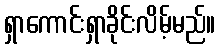
ရှာကောင်းရှာခိုင်းလိမ့်မည်။